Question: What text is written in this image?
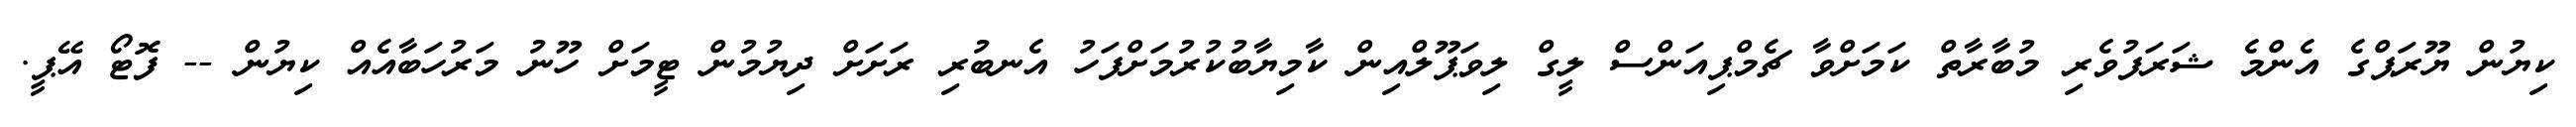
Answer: ކިޔުން ޔޫރަޕްގެ އެންމެ ޝަރަފުވެރި މުބާރާތް ކަމަށްވާ ޗެމްޕިއަންސް ލީގް ލިވަޕޫލްއިން ކާމިޔާބުކުރުމަށްފަހު އެނބުރި ރަށަށް ދިޔުމުން ޓީމަށް ހޫނު މަރުހަބާއެއް ކިޔުން -- ފޮޓޯ އޭޕީ.